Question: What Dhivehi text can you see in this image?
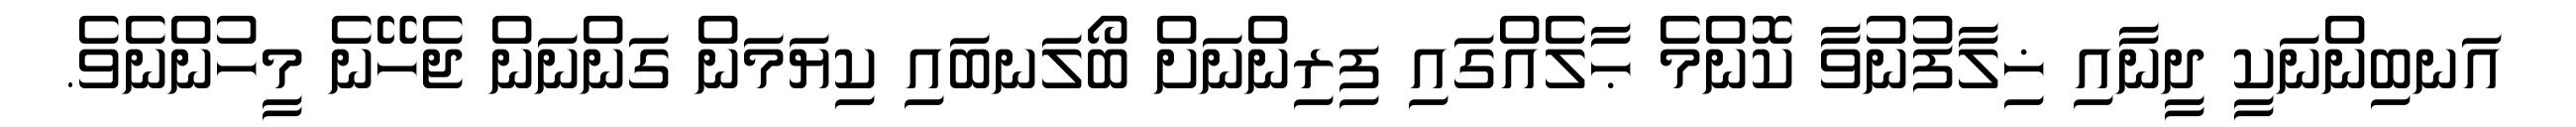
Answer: އަނބިންނަކީ ދީނާއި ޚިލާފުނުވާ ކޮންމެ ޙާލެއްގައި ފިރިންނަށް ބޯލަނބައި ކިޔަމަން ގަންނަން ޖެހޭނެ މީހުންނެވެ.